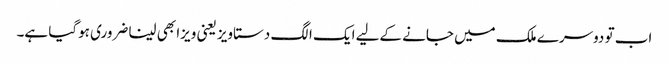
اب تو دوسرے ملک میں جانے کےلیے ایک الگ دستاویز یعنی ویزا بھی لینا ضروری ہوگیا ہے۔